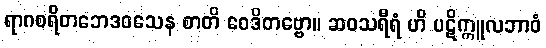
ရာဂစရိတဘေဒဝသေန စာတိ ဝေဒိတဗ္ဗော။ ဆဝသရီရံ ဟိ ပဋိက္ကူလဘာဝံ